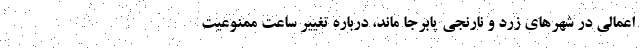
اعمالی در شهرهای زرد و نارنجی پابرجا ماند، درباره تغییر ساعت ممنوعیت